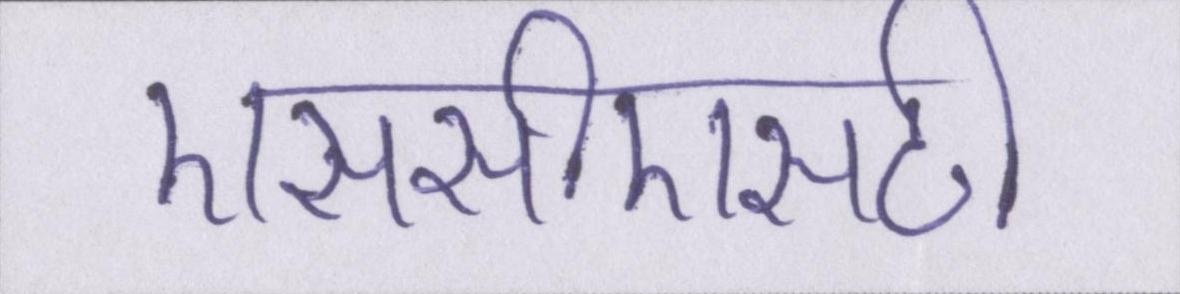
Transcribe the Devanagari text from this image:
एससीएसटी